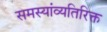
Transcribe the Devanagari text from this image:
समस्यांव्यतिरिक्त